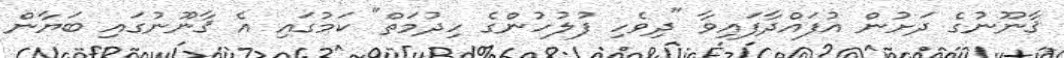
ޤާނޫނުގެ ދަށުން އުފައްދާފައިވާ "ދިވެހި ފުލުހުންގެ ހިދުމަތް" ކަމުގައި އެ ޤާނޫނުގައި ބަޔާން